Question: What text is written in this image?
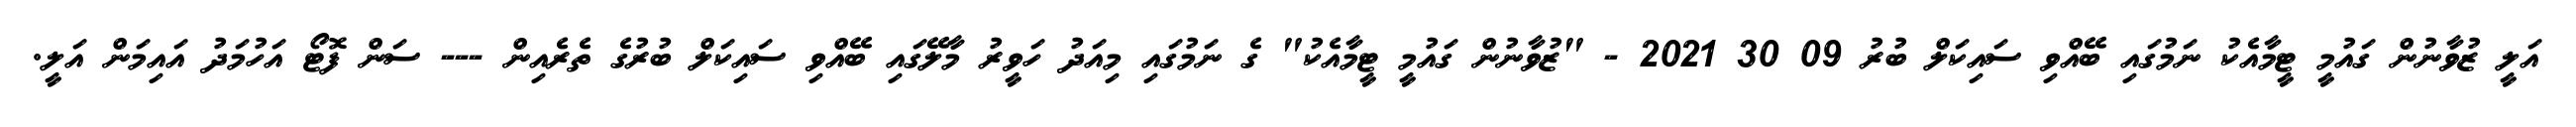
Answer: އަލީ ޒުވާނުން ގައުމީ ޓީމާއެކު ނަމުގައި ބޭއްވި ސައިކަލް ބުރު 09 30 2021 - "ޒުވާނުން ގައުމީ ޓީމާއެކު" ގެ ނަމުގައި މިއަދު ހަވީރު މާލޭގައި ބޭއްވި ސައިކަލް ބުރުގެ ތެރެއިން --- ސަން ފޮޓޯ އަހުމަދު އައިމަން އަލީ.